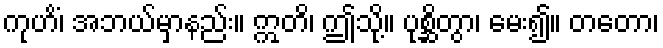
ကုဟိံ၊ အဘယ်မှာနည်း။ ဣတိ၊ ဤသို့။ ပုစ္ဆိတွာ၊ မေး၍။ တတော၊